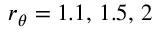
r _ { \theta } = 1 . 1 , \, 1 . 5 , \, 2